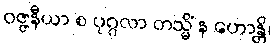
ဝဇ္ဇနီယာ စ ပုဂ္ဂလာ တသ္မိံ န ဟောန္တိ၊